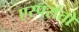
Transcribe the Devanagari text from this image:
एस्परांतो